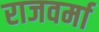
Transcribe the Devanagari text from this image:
राजवर्मा